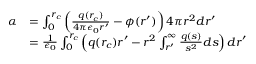
\begin{array} { r l } { \alpha } & { = \int _ { 0 } ^ { r _ { c } } \left( \frac { q ( r _ { c } ) } { 4 \pi \epsilon _ { 0 } r ^ { \prime } } - \phi ( r ^ { \prime } ) \right) 4 \pi r ^ { 2 } d r ^ { \prime } } \\ & { = \frac { 1 } { \epsilon _ { 0 } } \int _ { 0 } ^ { r _ { c } } \left( q ( r _ { c } ) r ^ { \prime } - r ^ { 2 } \int _ { r ^ { \prime } } ^ { \infty } \frac { q ( s ) } { s ^ { 2 } } d s \right) d r ^ { \prime } } \end{array}